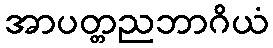
အာပတ္တညဘာဂိယံ